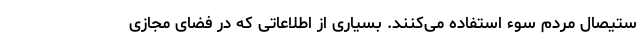
ستیصال مردم سوء استفاده می‌کنند. بسیاری از اطلاعاتی که در فضای مجازی